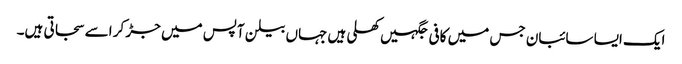
ایک ایسا سائبان جس میں کافی جگہیں کھلی ہیں جہاں بیلن آپس میں جڑ کر اسے سجاتی ہیں۔